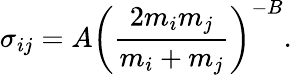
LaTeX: \sigma_{ij}=A\left(\frac{2m_{i}m_{j}}{m_{i}+m_{j}}\right)^{-B}.